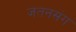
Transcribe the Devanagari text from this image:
जतनसंग